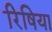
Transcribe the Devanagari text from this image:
रिषिया